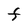
Character: F